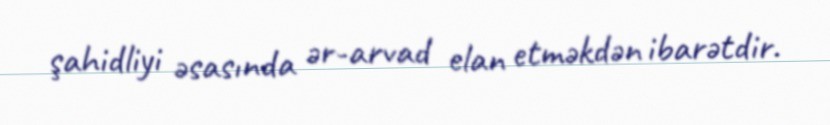
şahidliyi əsasında ər-arvad elan etməkdən ibarətdir.